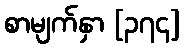
စာမျက်နှာ [၃၇၄]